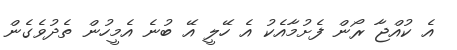
އެ ކުއްޖާ ރޯން ފެށުމާއެކު އެ ހޭލީ އޭ ބުނެ އެމީހުން ތެދުވެގެން